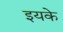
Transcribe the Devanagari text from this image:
इयके